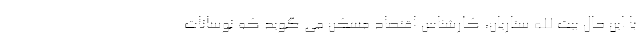
با این حال بیت الله ستاریان، کارشناس اقتصاد مسکن می گوید که نوسانات